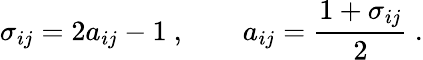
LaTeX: \sigma_{ij}=2a_{ij}-1\ ,\quad\quad a_{ij}=\frac{1+\sigma_{ij}}{2}\ .